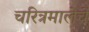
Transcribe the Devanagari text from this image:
चरित्रमालेचे